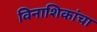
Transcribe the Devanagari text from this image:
विनाशिकांचा